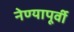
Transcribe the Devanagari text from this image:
नेण्यापूर्वी